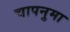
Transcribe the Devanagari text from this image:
चापनुमा